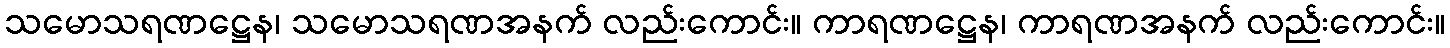
သမောသရဏဋ္ဌေန၊ သမောသရဏအနက် လည်းကောင်း။ ကာရဏဋ္ဌေန၊ ကာရဏအနက် လည်းကောင်း။